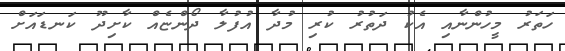
ހަތަރު މީހުންނާއި އެކު ދަތުރު ކުރި މުދާ އުފުލާ ދޯންޏެއް ކާށިދޫ ކަނޑައަށް